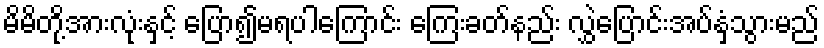
မိမိတို့အားလုံးနှင့် ပြော၍မရပါကြောင်း ကြေးခတ်နည်း လွှဲပြောင်းအပ်နှံသွားမည်